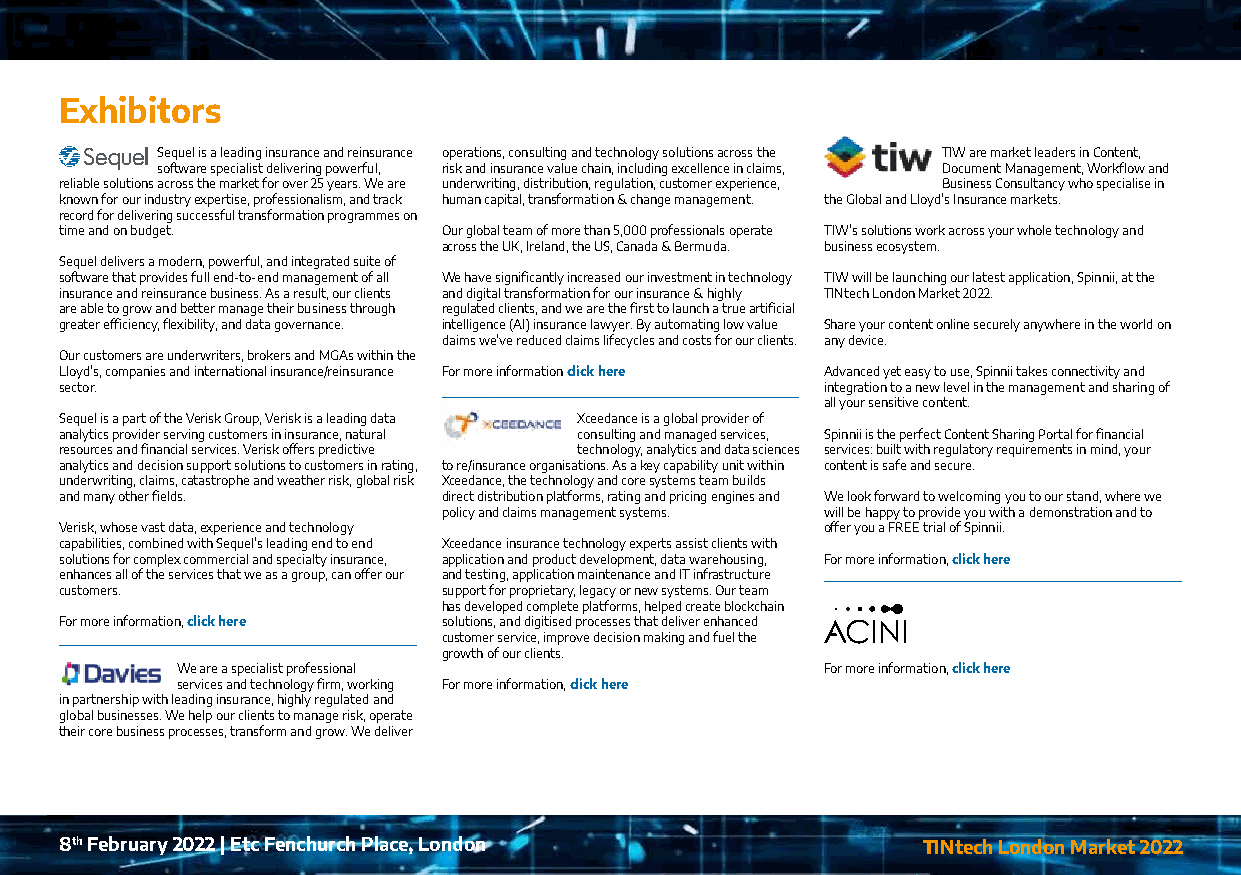
Exhibitors
 Sequel is a leading insurance and reinsurance operations, consulting and technology solutions across the TIW are market leaders in Content,
 software specialist delivering powerful, risk and insurance value chain, including excellence in claims, Document Management, Workflow and
 reliable solutions across the market for over 25 years. We are underwriting, distribution, regulation, customer experience, Business Consultancy who specialise in
 known for our industry expertise, professionalism, and track human capital, transformation & change management. the Global and Lloyd’s Insurance markets.
 record for delivering successful transformation programmes on
 time and on budget.      Our global team of more than 5,000 professionals operate TIW’s solutions work across your whole technology and
 across the UK, Ireland, the US, Canada & Bermuda. business ecosystem.
 Sequel delivers a modern, powerful, and integrated suite of
 software that provides full end-to-end management of all We have significantly increased our investment in technology TIW will be launching our latest application, Spinnii, at the
 insurance and reinsurance business. As a result, our clients and digital transformation for our insurance & highly TINtech London Market 2022.
 are able to grow and better manage their business through regulated clients, and we are the first to launch a true artificial
 greater efficiency, flexibility, and data governance. intelligence (AI) insurance lawyer. By automating low value Share your content online securely anywhere in the world on
 claims we’ve reduced claims lifecycles and costs for our clients. any device.
 Our customers are underwriters, brokers and MGAs within the
 Lloyd’s, companies and international insurance/reinsurance For more information click here Advanced yet easy to use, Spinnii takes connectivity and
 sector.                                            integration to a new level in the management and sharing of
 all your sensitive content.
 Sequel is a part of the Verisk Group, Verisk is a leading data Xceedance is a global provider of
 analytics provider serving customers in insurance, natural consulting and managed services, Spinnii is the perfect Content Sharing Portal for financial
 resources and financial services. Verisk offers predictive technology, analytics and data sciences services: built with regulatory requirements in mind, your
 analytics and decision support solutions to customers in rating, to re/insurance organisations. As a key capability unit within content is safe and secure.
 underwriting, claims, catastrophe and weather risk, global risk Xceedance, the technology and core systems team builds
 and many other fields.   direct distribution platforms, rating and pricing engines and We look forward to welcoming you to our stand, where we
 policy and claims management systems. will be happy to provide you with a demonstration and to
 Verisk, whose vast data, experience and technology offer you a FREE trial of Spinnii.
 capabilities, combined with Sequel’s leading end to end Xceedance insurance technology experts assist clients with
 solutions for complex commercial and specialty insurance, application and product development, data warehousing, For more information, click here
 enhances all of the services that we as a group, can offer our and testing, application maintenance and IT infrastructure
 customers.               support for proprietary, legacy or new systems. Our team
 has developed complete platforms, helped create blockchain
 For more information, click here solutions, and digitised processes that deliver enhanced
 customer service, improve decision making and fuel the
 growth of our clients.
 We are a specialist professional           For more information, click here
 services and technology firm, working For more information, click here
 in partnership with leading insurance, highly regulated and
 global businesses. We help our clients to manage risk, operate
 their core business processes, transform and grow. We deliver
 8th February 2022 | Etc Fenchurch Place, London          TINtech London Market 2022